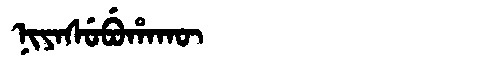
Manchu: ᠨᡳᠶᠠᠰᡠᠪᡠᡥᠠᡴᡡ
Romanization: NIYASUBUHAKŪ